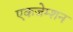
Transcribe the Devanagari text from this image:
एकजेम्शन